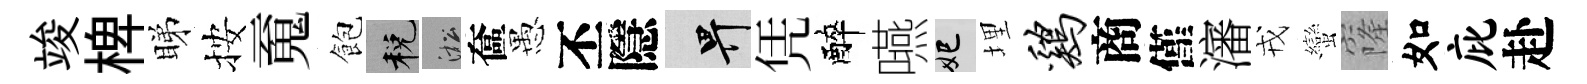
竣椑睇按䰟飽税淞奩愚丕隱畀凭醉嚥妃埋鸡商僅瀋戎蠻窿如庇赴